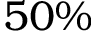
5 0 \%